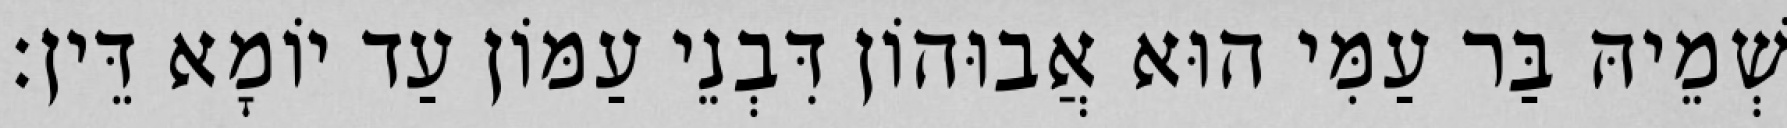
שְׁמֵיהּ בַּר עַמִּי הוּא אֲבוּהוֹן דִּבְנֵי עַמּוֹן עַד יוֹמָא דֵּין׃